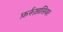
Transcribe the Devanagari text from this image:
फ़र्रूख़सियर